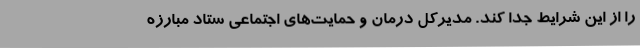
را از این شرایط جدا کند. مدیرکل درمان و حمایت‌های اجتماعی ستاد مبارزه